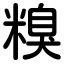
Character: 糗